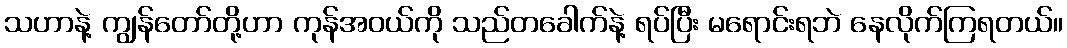
သဟာနဲ့ ကျွန်တော်တို့ဟာ ကုန်အဝယ်ကို သည်တခေါက်နဲ့ ရပ်ပြီး မရောင်းရဘဲ နေလိုက်ကြရတယ်။